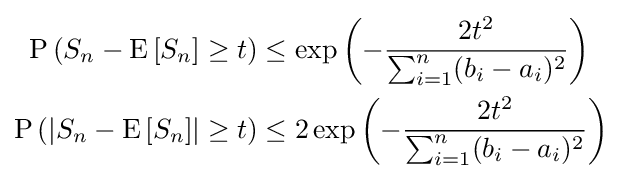
{\begin{aligned}\operatorname {P} \left(S_{n}-\mathrm {E} \left[S_{n}\right]\geq t\right)&\leq \exp \left(-{\frac {2t^{2}}{\sum _{i=1}^{n}(b_{i}-a_{i})^{2}}}\right)\\\operatorname {P} \left(\left|S_{n}-\mathrm {E} \left[S_{n}\right]\right|\geq t\right)&\leq 2\exp \left(-{\frac {2t^{2}}{\sum _{i=1}^{n}(b_{i}-a_{i})^{2}}}\right)\end{aligned}}